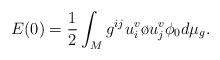
LaTeX: \begin{align*}E(0)=\frac{1}{2}\int_M g^{ij}u^v_i\o{u^v_j}\phi_0 d\mu_g. \end{align*}